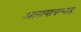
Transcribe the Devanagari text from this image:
आरश्यापल्याड